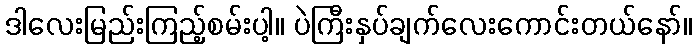
ဒါလေးမြည်းကြည့်စမ်းပါ့။ ပဲကြီးနှပ်ချက်လေးကောင်းတယ်နော်။